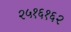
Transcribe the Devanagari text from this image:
२५१६१६२